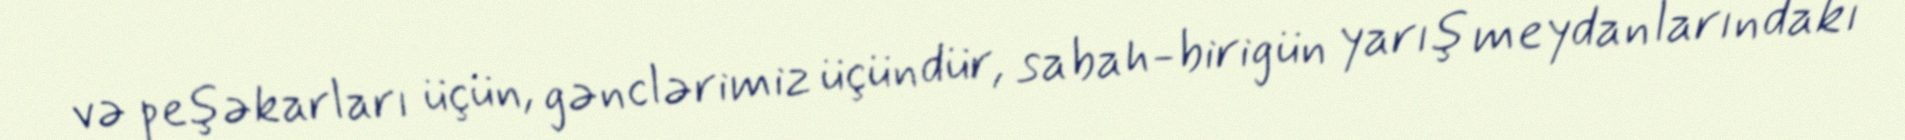
və peşəkarları üçün, gənclərimiz üçündür, sabah-birigün yarış meydanlarındakı